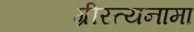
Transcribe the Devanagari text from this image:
ग्रीस्त्यनामा